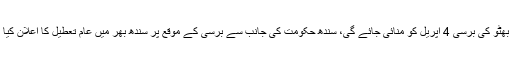
تفصیلات کے مطابق سابق وزیر اعظم ذوالفقار علی بھٹو کی برسی 4 اپریل کو منائی جائے گی، سندھ حکومت کی جانب سے برسی کے موقع پر سندھ بھر میں عام تعطیل کا اعلان کیا گیا ہے جس کا نوٹیفکیشن بھی جاری کردیا گیا ہے۔